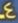
4